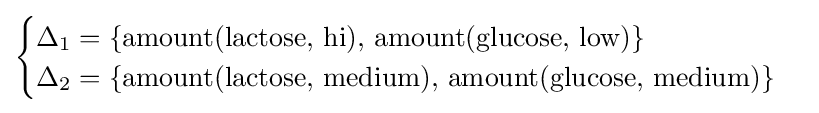
{\begin{cases}\Delta _{1}=\{{\text{amount(lactose, hi), amount(glucose, low)}}\}\\\Delta _{2}=\{{\text{amount(lactose, medium), amount(glucose, medium)}}\}\end{cases}}